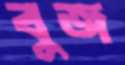
বুজ